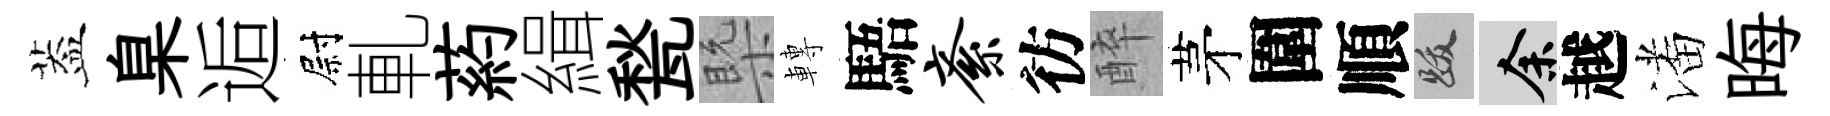
葢臬逅尉軋葯緝甃槩轉䮏紊彷醉茅圍順跋余越潘晦